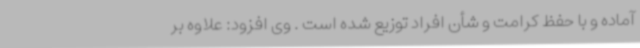
آماده و با حفظ کرامت و شأن افراد توزیع شده است . وی افزود: علاوه بر